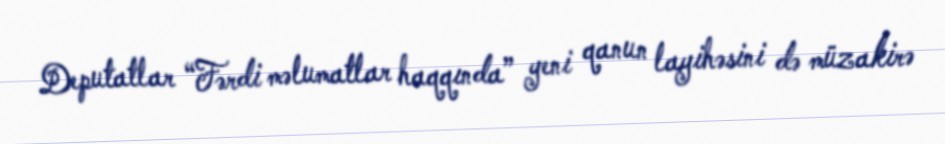
Deputatlar “Fərdi məlumatlar haqqında” yeni qanun layihəsini də müzakirə